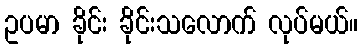
ဥပမာ ခိုင်း ခိုင်းသလောက် လုပ်မယ်။